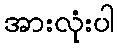
အားလုံးပါ